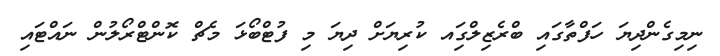
ނިމިގެންދިޔަ ހަފްތާގައި ބްރެޒިލްގަިއ ކުރިޔަށް ދިޔަ މި ފުޓްބޯޅަ މެޗް ކޮންޓްރޯލުން ނައްޓައި